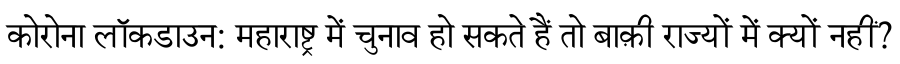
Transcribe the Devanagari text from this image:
कोरोना लॉकडाउन: महाराष्ट्र में चुनाव हो सकते हैं तो बाक़ी राज्यों में क्यों नहीं?